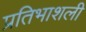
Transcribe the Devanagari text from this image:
प्रतिभाशली